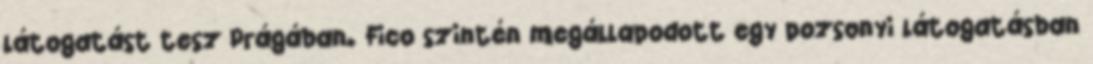
látogatást tesz Prágában. Fico szintén megállapodott egy pozsonyi látogatásban